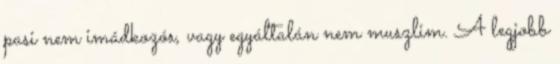
pasi nem imádkozós, vagy egyáltalán nem muszlim. A legjobb